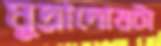
মুদ্রাদোষটা